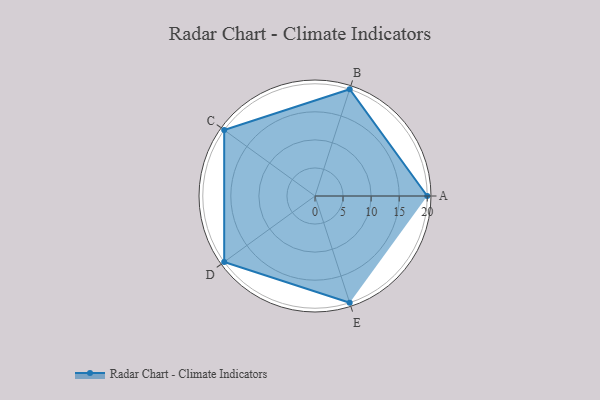
{"axis": {"x": "Skill", "y": "Score"}, "legend": ["Profile"], "data": [{"x": "A", "y": 20, "type": "Profile"}, {"x": "B", "y": 20, "type": "Profile"}, {"x": "C", "y": 20, "type": "Profile"}, {"x": "D", "y": 20, "type": "Profile"}, {"x": "E", "y": 20, "type": "Profile"}]}